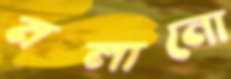
মলানো